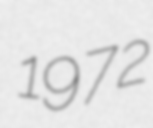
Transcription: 1972